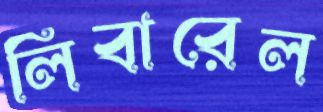
লিবারেল